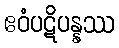
ဧဝံပဋိပန္နဿ